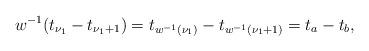
LaTeX: \begin{align*}w^{-1}(t_{\nu_1}-t_{\nu_1+1}) = t_{w^{-1}(\nu_1)} - t_{w^{-1}(\nu_1+1)} = t_a - t_b,\end{align*}